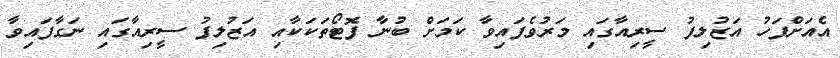
އެއަށްފަހު އަޒުލިފު ސީރިއާގައި މަރުވެފައިވާ ކަމަށް ބުނާ ފޮޓޯތަކަކާއި އަޒުލިފު ސީރިއާގައި ނަގާފައިވާ